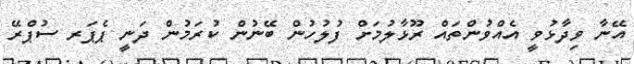
އޭނާ ވިދާޅުވީ އެއްވުންތައް ރޫޅާލުމަށް ފުލުހުން ބޭނުން ކުރަމުން ދަނީ ޕެޕަރ ސުޕްރޭ